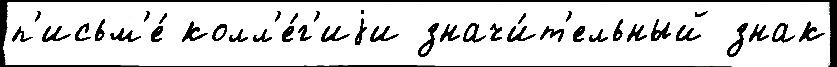
п'исьм'е́ колл'е́г'иjи значи́т'ельный знак